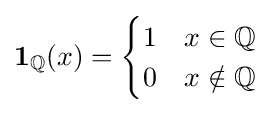
{\displaystyle \mathbf {1} _{\mathbb {Q} }(x)={\begin{cases}1&x\in \mathbb {Q} \\0&x\notin \mathbb {Q} \end{cases}}}